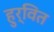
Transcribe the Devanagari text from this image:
हुर्वित